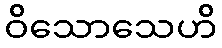
ဝိသောသေဟိ